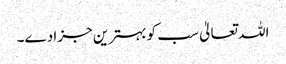
اللہ تعالیٰ سب کو بہترین جزا دے۔